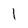
Character: I